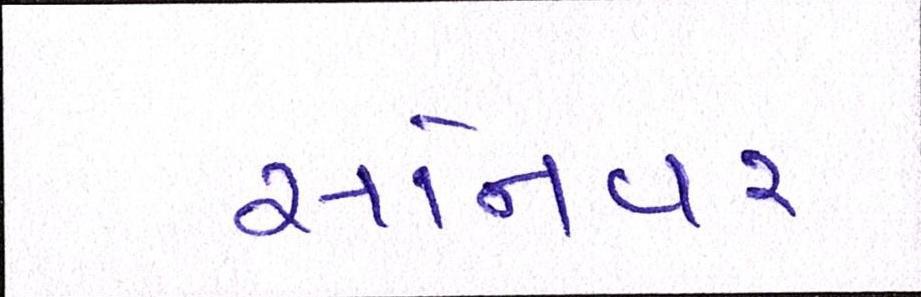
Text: સોનાવર